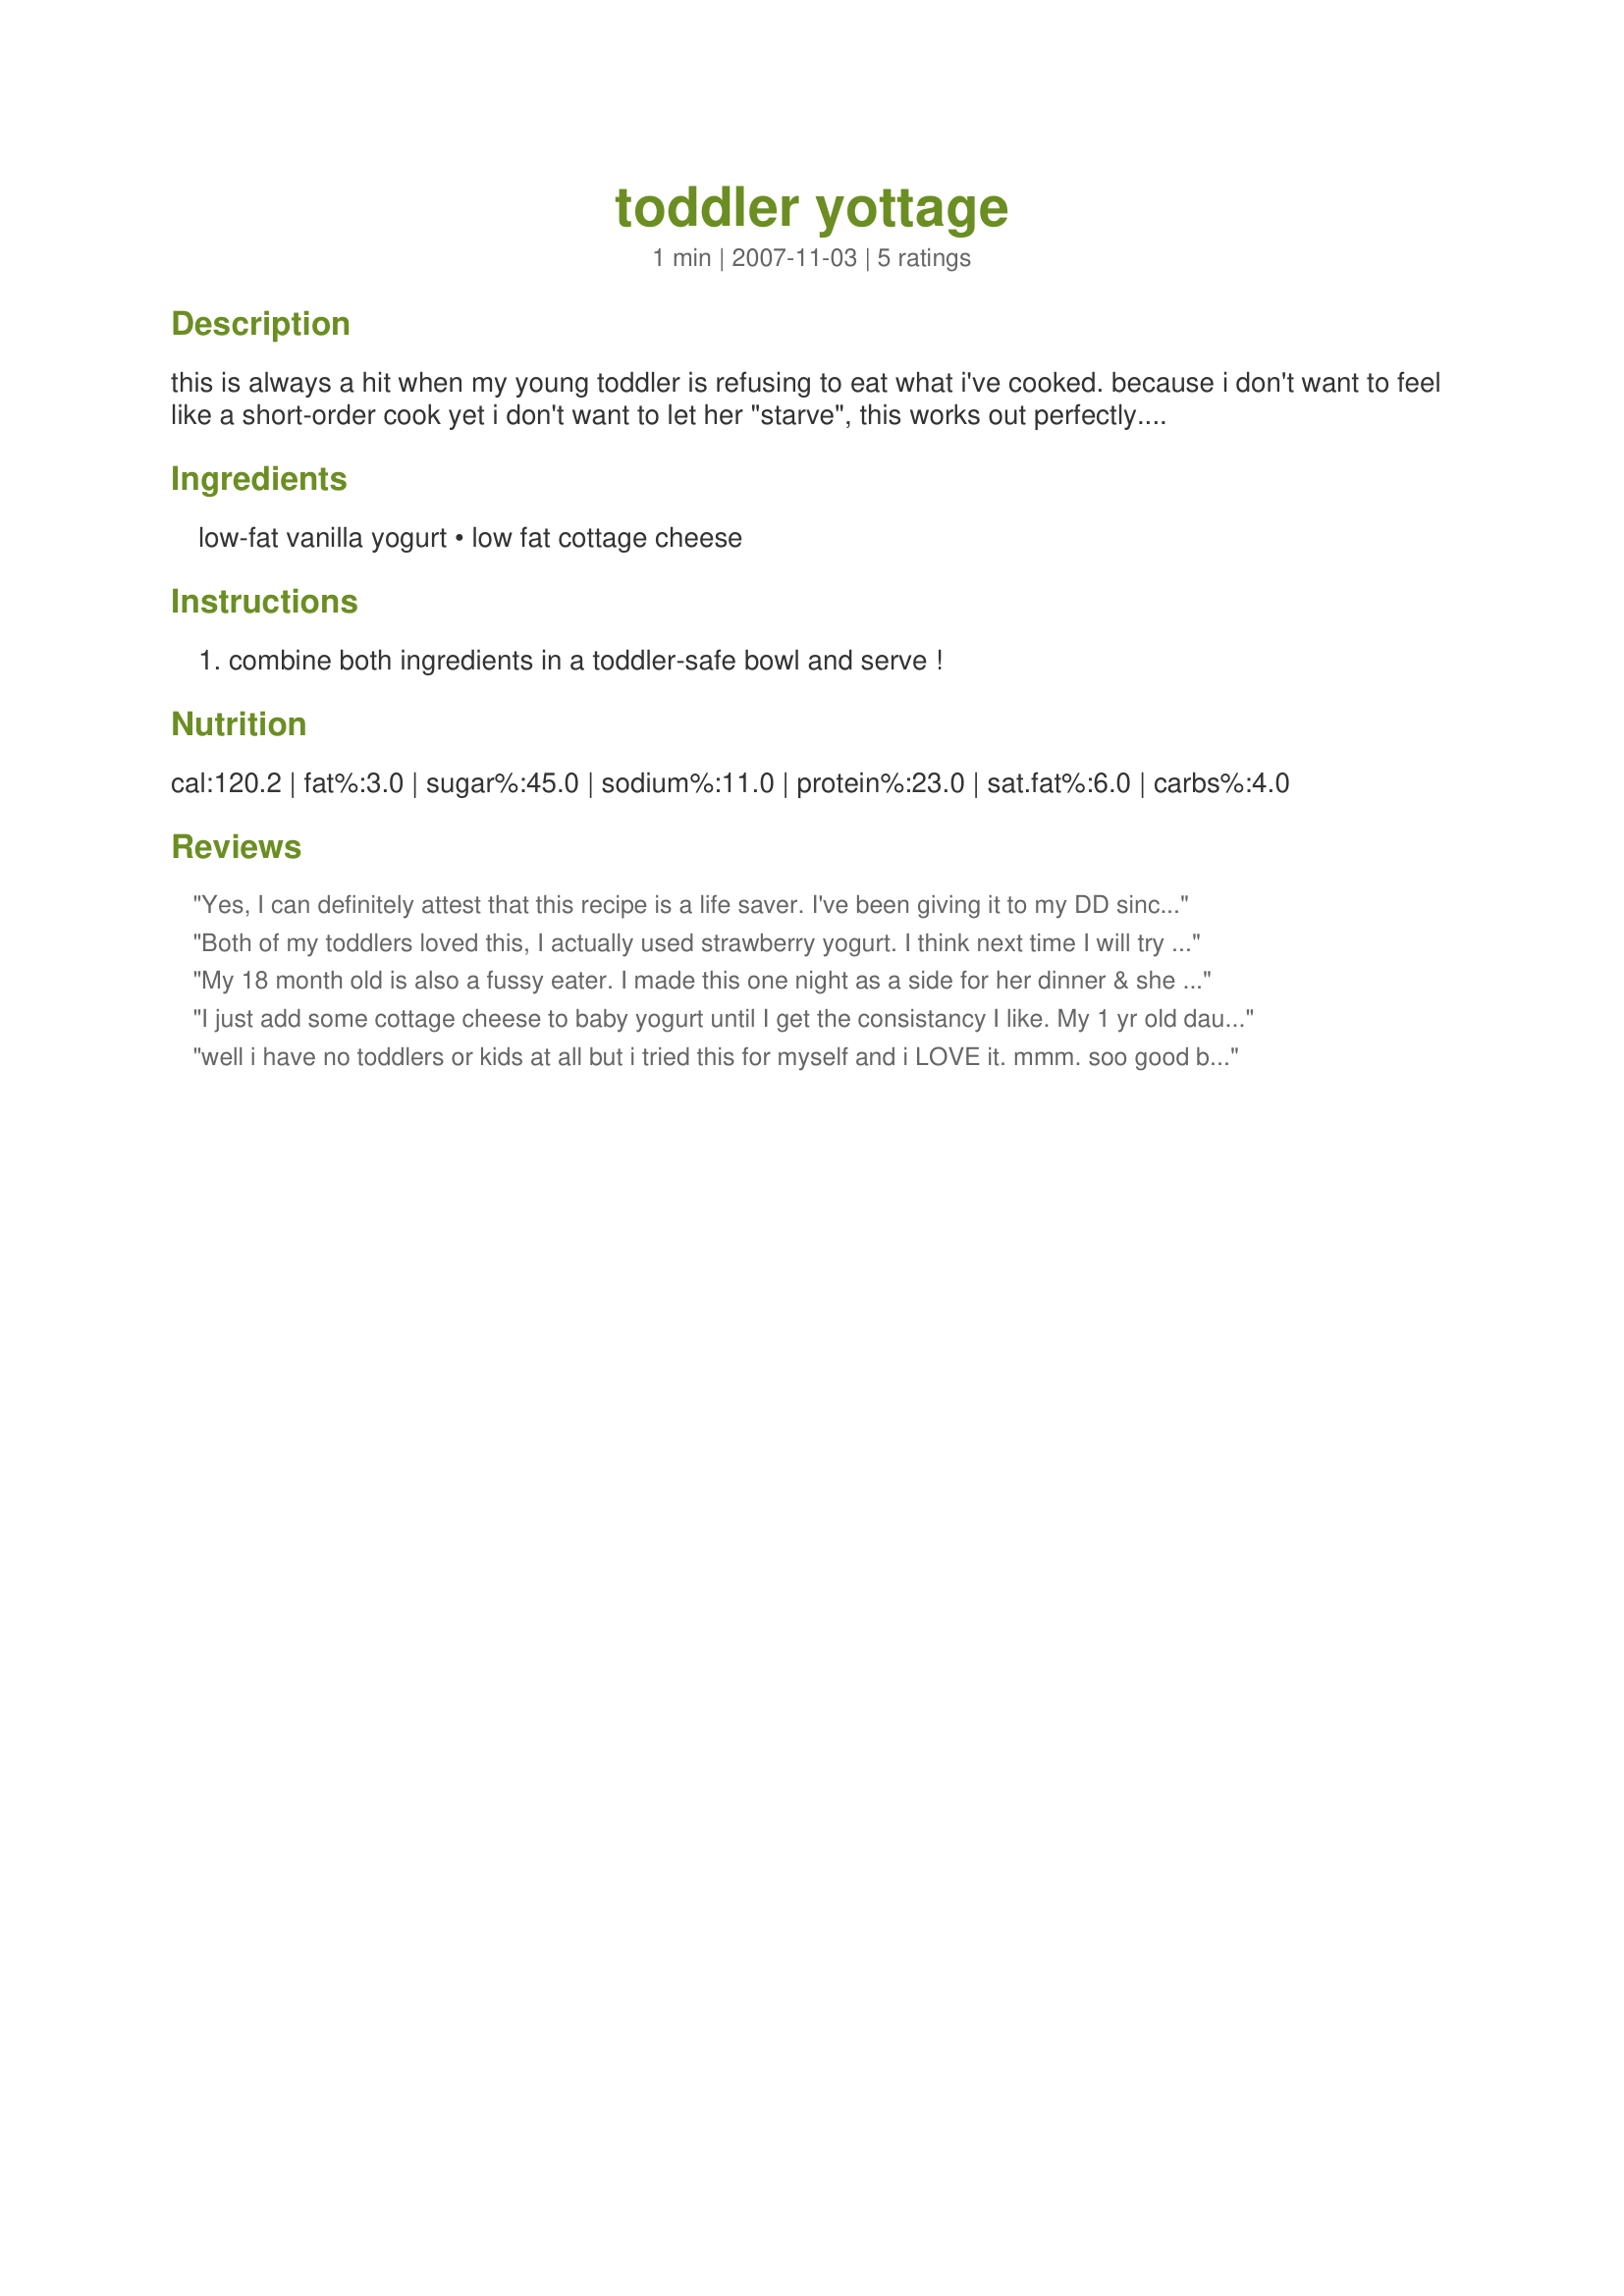
toddler yottage
Preparation time: 1 minutes

this is always a hit when my young toddler is refusing to eat what i've cooked. because i don't want to feel like a short-order cook yet i don't want to let her "starve", this works out perfectly. there's no prep time and no cook time. you just throw it in a bowl and voila! the active cultures from the yogurt are fantastic for your toddler's digestive tract. there's plenty of calcium and protein, too. i'm going to write lowered fat ingredients for ease of the recipe. however, if you prefer your young toddler (under 2) to have full-fat ingredients, go for it. that's what i do for my now 20-month old. once she hits 24 months, i'll lower the fat content and start using low-fat yogurt and cottage cheese as it's written here.

easy breakfast, lunch or dinner when nothing else is working for that picky toddler! note: this works for babies, too, if your ped has ok'd the use of dairy products for your baby.

Ingredients:
low-fat vanilla yogurt, low fat cottage cheese

Steps:
combine both ingredients in a toddler-safe bowl and serve !

Reviews:
Yes, I can definitely attest that this recipe is a life saver. I've been giving it to my DD since she was 9 months (I use full fat ingredients) and she just loves it. I also mix in different fresh fruits, and when im out of yogurt, apple sauce does the trick!
Both of my toddlers loved this, I actually used strawberry yogurt. I think next time I will try adding puree like your other recipe says to do! Thanks so much!
My 18 month old is also a fussy eater. I made this one night as a side for her dinner & she loved it. She didn't want anything else. Thank you for posting!!
I just add some cottage cheese to baby yogurt until I get the consistancy I like. My 1 yr old daughter loved this from the first spoonful. It makes the yogurt easier to feed to her and she can even practice using a spoon with it. So easy and helpful! We've used this with all the baby yogurt flavors.
well i have no toddlers or kids at all but i tried this for myself and i LOVE it. mmm. soo good but i use whatever kind of yogert i have not just vanilla. its fast and delicious.. thank you so much. i love it!
